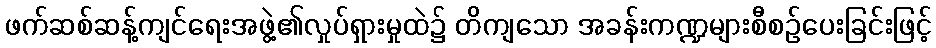
ဖက်ဆစ်ဆန့်ကျင်ရေးအဖွဲ့၏လှုပ်ရှားမှုထဲ၌ တိကျသော အခန်းကဏ္ဍများစီစဉ်ပေးခြင်းဖြင့်